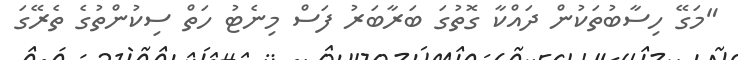
"މަގޭ ހިސާބުތަކުން ދައްކާ ގޮތުގަ ބަރާބަރު ފަސް މިނެޓު ހަތް ސިކުންތުގެ ތެރޭގަ